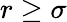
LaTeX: r\geq\sigma